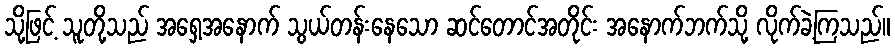
သို့ဖြင့် သူတို့သည် အရှေ့အနောက် သွယ်တန်းနေသော ဆင်တောင်အတိုင်း အနောက်ဘက်သို့ လိုက်ခဲ့ကြသည်။